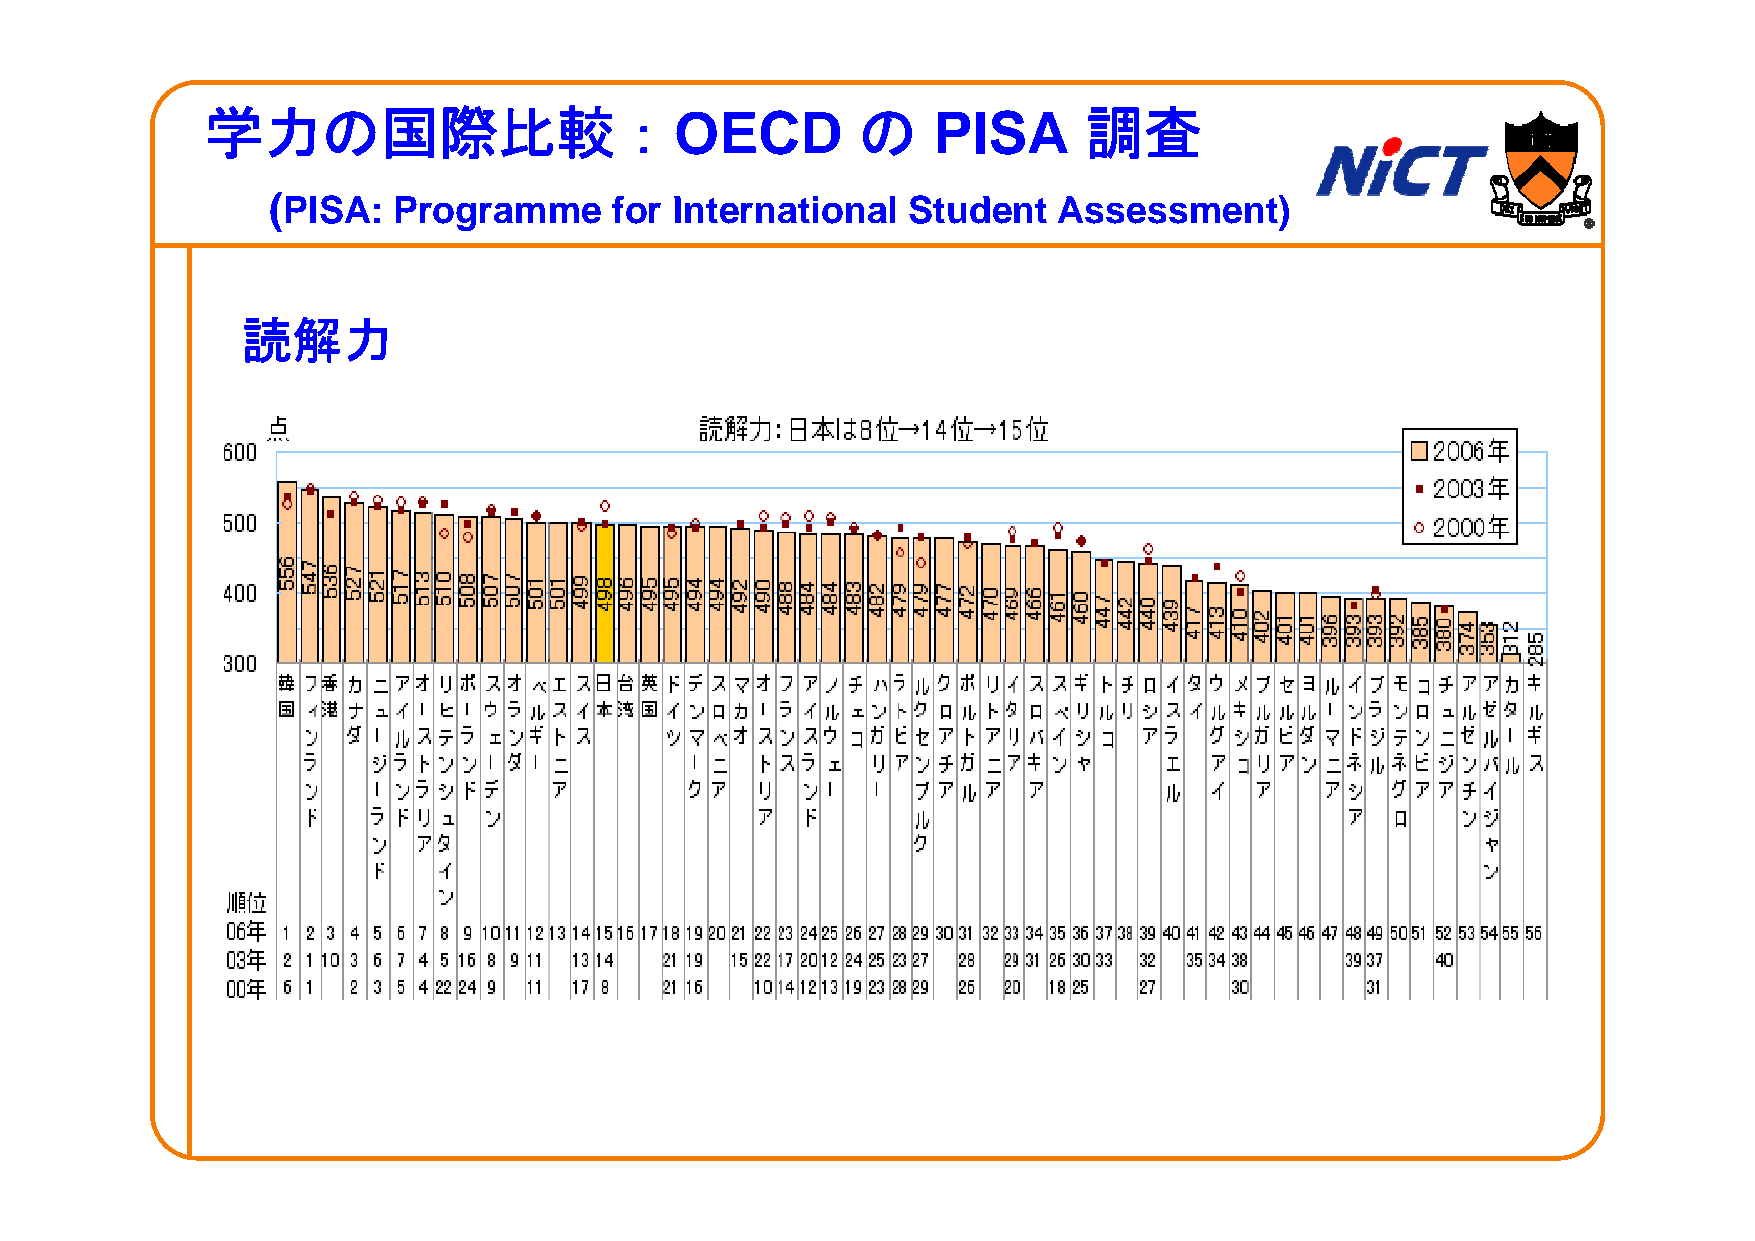
学力の国際比較：OECD                               の    PISA      調査
 ((PPIISSAA: PProgramme ffor IIntternattiionall SSttuddentt AAssessmentt))
 読読解解力力